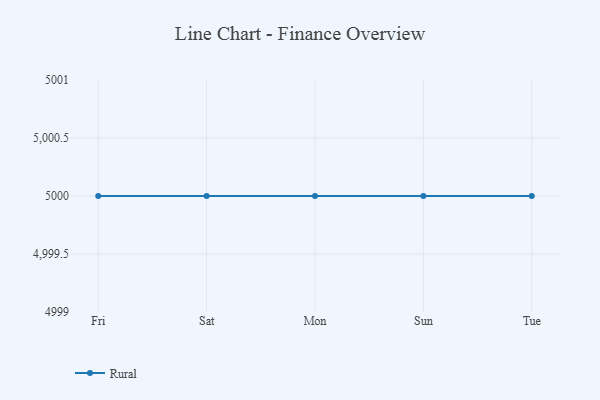
{"axis": {"x": "Day", "y": "Humidity (%)"}, "legend": ["Rural"], "data": [{"x": "Fri", "y": 5000, "type": "Rural"}, {"x": "Sat", "y": 5000, "type": "Rural"}, {"x": "Mon", "y": 5000, "type": "Rural"}, {"x": "Sun", "y": 5000, "type": "Rural"}, {"x": "Tue", "y": 5000, "type": "Rural"}]}